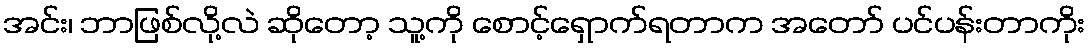
အင်း၊ ဘာဖြစ်လို့လဲ ဆိုတော့ သူ့ကို စောင့်ရှောက်ရတာက အတော် ပင်ပန်းတာကိုး